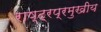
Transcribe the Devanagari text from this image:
राष्ट्रप्रमुखीय